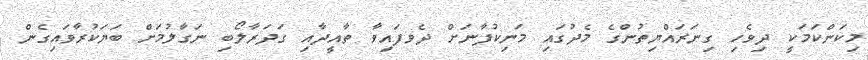
މިކަންކަމަކީ ދިވެހި ގިނަރައްޔިތުންގެ މެދުގައި މަނިކުފާނަށް ދެވފައިވާ ތާއީދާއި ގަދަރާލޯބި ނަގާލުމަށް ބަޔަކުރާވައިގެން